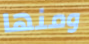
ومنها